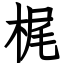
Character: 梶